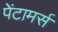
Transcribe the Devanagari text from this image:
पेंटामर्स